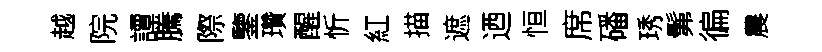
越院譚騰際鑒瓚醒忻紅描遮迺恒席磻琇髴徧農